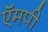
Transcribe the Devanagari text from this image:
ऍमपी